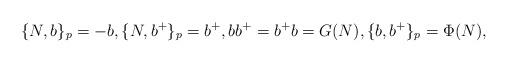
LaTeX: \begin{align*}\{N,b\}_p=-b,\{N,b^{+}\}_p=b^{+},bb^{+}=b^{+}b=G(N),\{b,b^{+}\}_{p}=\Phi(N),\end{align*}